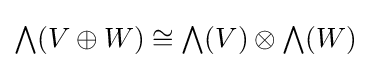
{\textstyle \bigwedge }(V\oplus W)\cong {\textstyle \bigwedge }(V)\otimes {\textstyle \bigwedge }(W)